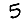
Digit: 5